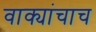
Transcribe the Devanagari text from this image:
वाक्यांचाच